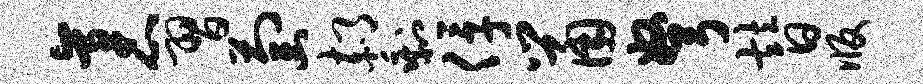
袤习萄郝剩俘鼠弩替版